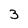
Character: 3